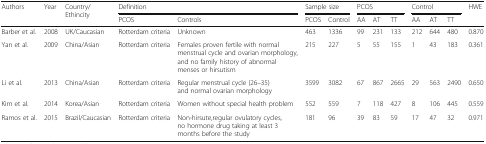
| <ROWSPAN=2> Authors | <ROWSPAN=2> Year | <ROWSPAN=2> Country/Ethincity | <COLSPAN=2> Definition | <COLSPAN=2> Sample size | <COLSPAN=3> PCOS | <COLSPAN=3> Control | <ROWSPAN=2> HWE |
 | PCOS | Controls | PCOS | Control | AA | AT | TT | AA | AT | TT |
 | --- | --- | --- | --- | --- | --- | --- | --- | --- | --- | --- | --- | --- | --- |
 | Barber et al. | 2008 | UK/Caucasian | Rotterdam criteria | Unknown | 463 | 1336 | 99 | 231 | 133 | 212 | 644 | 480 | 0.870 |
 | Yan et al. | 2009 | China/Asian | Rotterdam criteria | Females proven fertile with normal menstrual cycle and ovarian morphology, and no family history of abnormal menses or hirsutism | 215 | 227 | 5 | 55 | 155 | 1 | 43 | 183 | 0.361 |
 | Li et al. | 2013 | China/Asian | Rotterdam criteria | Regular menstrual cycle (26–35) and normal ovarian morphology | 3599 | 3082 | 67 | 867 | 2665 | 29 | 563 | 2490 | 0.650 |
 | Kim et al. | 2014 | Korea/Asian | Rotterdam criteria | Women without special health problem | 552 | 559 | 7 | 118 | 427 | 8 | 106 | 445 | 0.559 |
 | Ramos et al. | 2015 | Brazil/Caucasian | Rotterdam criteria | Non-hirsute,regular ovulatory cycles, no hormone drug taking at least 3 months before the study | 181 | 96 | 39 | 83 | 59 | 17 | 47 | 32 | 0.971 |